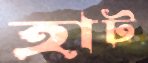
হাট